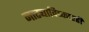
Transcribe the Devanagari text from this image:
नाट्याविष्कारही